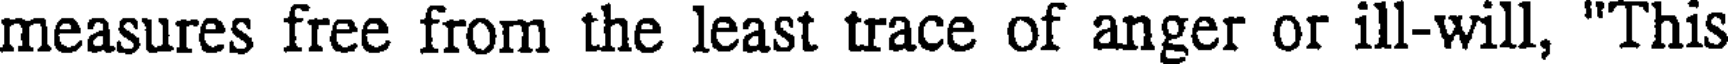
measures free from the least trace of anger or ill-will, "This